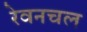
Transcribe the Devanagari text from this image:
रेवनचल